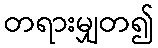
တရားမျှတ၍